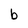
Character: b